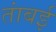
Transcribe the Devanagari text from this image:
तांबई